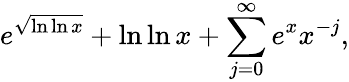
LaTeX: e^{\sqrt{\ln\ln x}}+\ln\ln x+\sum_{j=0}^{\infty}e^{x}x^{-j},